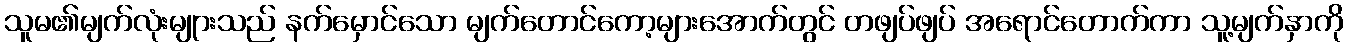
သူမ၏မျက်လုံးမျုားသည် နက်မှောင်သော မျက်တောင်ကော့များအောက်တွင် တဖျပ်ဖျပ် အရောင်တောက်ကာ သူ့မျက်နှာကို